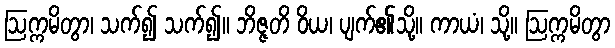
ဩက္ကမိတွာ၊ သက်၍ သက်၍။ ဘိဇ္ဇတိ ဝိယ၊ ပျက်၏သို့။ ကာယံ၊ သို့။ ဩက္ကမိတွာ